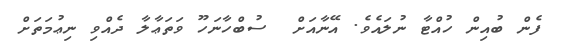
ފެން ބުއިން ހުއްޓާ ނުލައެވެ. އޭނާއަށް  ސުބްހާނަހޫ ވަތަޢާލާ ދެއްވި ނިޢުމަތަށް